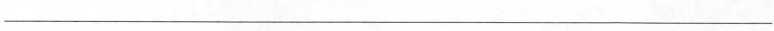
___